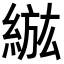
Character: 𦁷